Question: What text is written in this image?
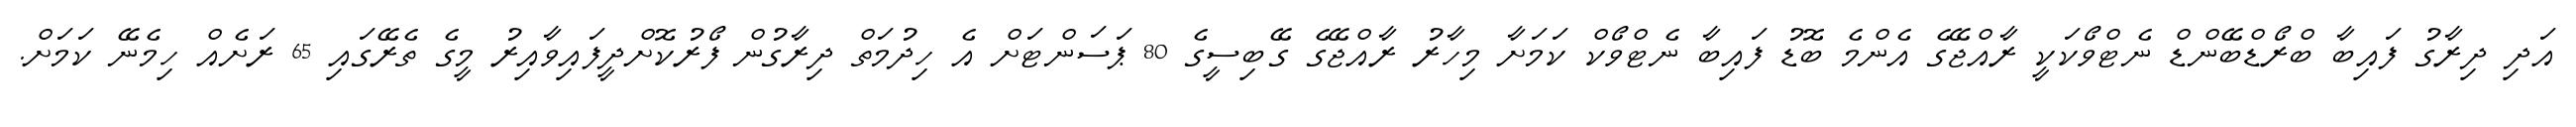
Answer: އަދި ދިރާގު ފައިބާ ބްރޯޑްބޭންޑް ނެޓްވޯކަކީ ރާއްޖޭގެ އެންމެ ބޮޑު ފައިބާ ނެޓްވޯކް ކަމަށާ މިހާރު ރާއްޖޭގެ ގޭބިސީގެ 80 ޕަސަންޓަށް އެ ހިދުމަތް ދިރާގުން ފޯރުކޮށްދީފައިވާއިރު މީގެ ތެރޭގައި 65 ރަށެއް ހިމެނޭ ކަމަށް.